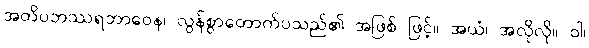
အတိပဘဿရဘာဝေန၊ လွန်စွာတောက်ပသည်၏ အဖြစ် ဖြင့်။ အယံ၊ အလိုလို။ ဝါ၊